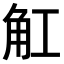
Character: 𧢸